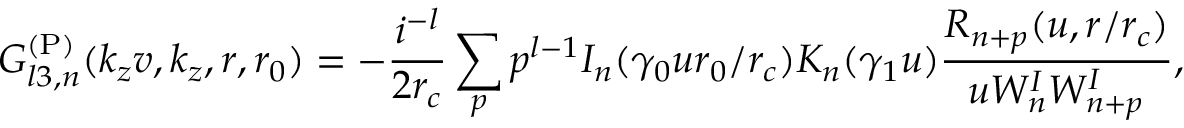
G _ { l 3 , n } ^ { \mathrm { ( P ) } } ( k _ { z } v , k _ { z } , r , r _ { 0 } ) = - \frac { i ^ { - l } } { 2 r _ { c } } \sum _ { p } p ^ { l - 1 } I _ { n } ( \gamma _ { 0 } u r _ { 0 } / r _ { c } ) K _ { n } ( \gamma _ { 1 } u ) \frac { R _ { n + p } ( u , r / r _ { c } ) } { u W _ { n } ^ { I } W _ { n + p } ^ { I } } ,